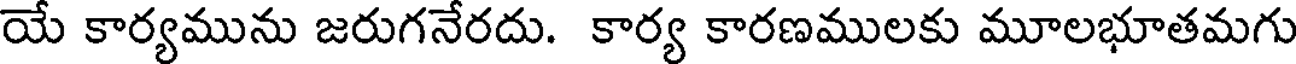
యే కార్యమును జరుగనేరదు. కార్య కారణములకు మూలభూతమగు